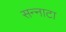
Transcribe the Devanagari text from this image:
सन्‍नाटा